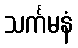
သင်္ကမနံ